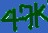
Text: 47K